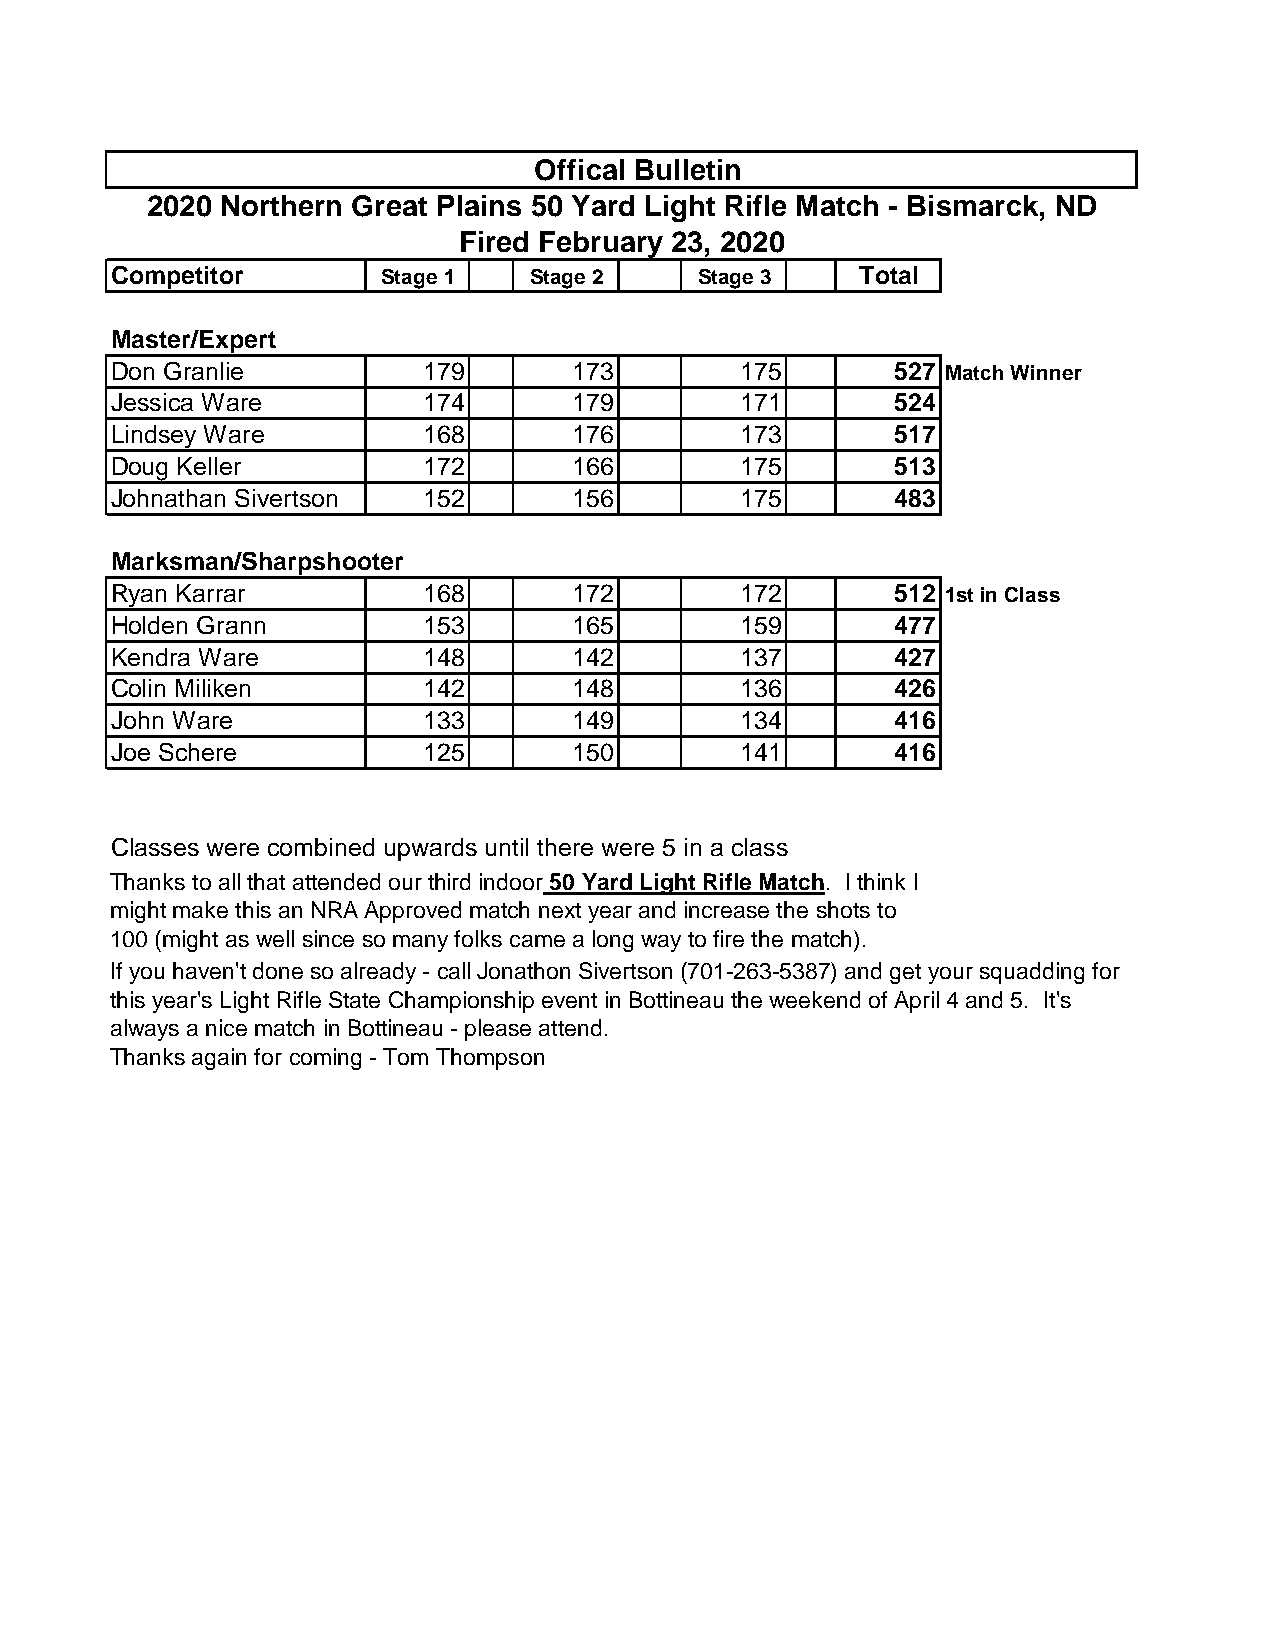
Offical Bulletin
 2020 Northern Great Plains 50 Yard Light Rifle Match - Bismarck, ND
 Fired February 23, 2020
 Competitor        Stage 1   Stage 2    Stage 3    Total
 Master/Expert
 Don Granlie          179       173        175       527 Match Winner
 Jessica Ware         174       179        171       524
 Lindsey Ware         168       176        173       517
 Doug Keller          172       166        175       513
 Johnathan Sivertson  152       156        175       483
 Marksman/Sharpshooter
 Ryan Karrar          168       172        172       512 1st in Class
 Holden Grann         153       165        159       477
 Kendra Ware          148       142        137       427
 Colin Miliken        142       148        136       426
 John Ware            133       149        134       416
 Joe Schere           125       150        141       416
 Classes were combined upwards until there were 5 in a class
 Thanks to all that attended our third indoor 50 Yard Light Rifle Match. I think I
 might make this an NRA Approved match next year and increase the shots to
 100 (might as well since so many folks came a long way to fire the match).
 If you haven't done so already - call Jonathon Sivertson (701-263-5387) and get your squadding for
 this year's Light Rifle State Championship event in Bottineau the weekend of April 4 and 5. It's
 always a nice match in Bottineau - please attend.
 Thanks again for coming - Tom Thompson